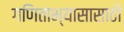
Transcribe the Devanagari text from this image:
गणिताभ्यासासाठी